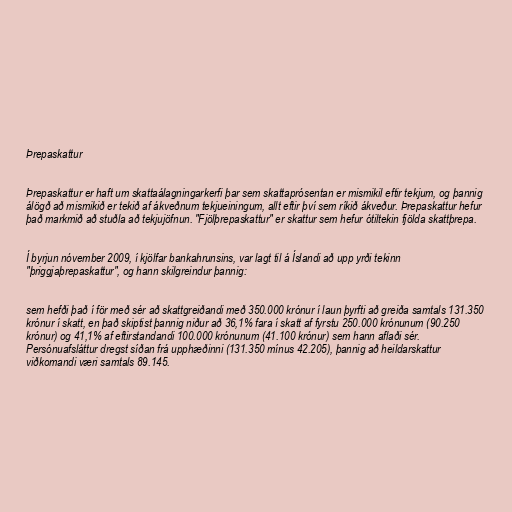
Þrepaskattur

Þrepaskattur er haft um skattaálagningarkerfi þar sem skattaprósentan er mismikil eftir tekjum, og þannig
álögð að mismikið er tekið af ákveðnum tekjueiningum, allt eftir því sem ríkið ákveður. Þrepaskattur hefur
það markmið að stuðla að tekjujöfnun. "Fjölþrepaskattur" er skattur sem hefur ótiltekin fjölda skattþrepa.

Í byrjun nóvember 2009, í kjölfar bankahrunsins, var lagt til á Íslandi að upp yrði tekinn
"þriggjaþrepaskattur", og hann skilgreindur þannig:

sem hefði það í för með sér að skattgreiðandi með 350.000 krónur í laun þyrfti að greiða samtals 131.350
krónur í skatt, en það skiptist þannig niður að 36,1% fara í skatt af fyrstu 250.000 krónunum (90.250
krónur) og 41,1% af eftirstandandi 100.000 krónunum (41.100 krónur) sem hann aflaði sér.
Persónuafsláttur dregst síðan frá upphæðinni (131.350 mínus 42.205), þannig að heildarskattur
viðkomandi væri samtals 89.145.